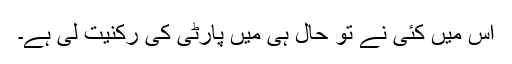
اس میں کئی نے تو حال ہی میں پارٹی کی رکنیت لی ہے۔